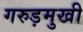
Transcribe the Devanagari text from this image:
गरुड़मुखी